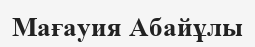
Мағауия Абайұлы